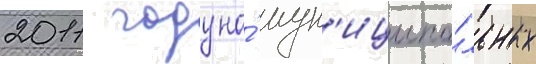
2011 году на́ мун'иципа́льных